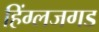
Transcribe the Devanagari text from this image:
हिंग्लजगड